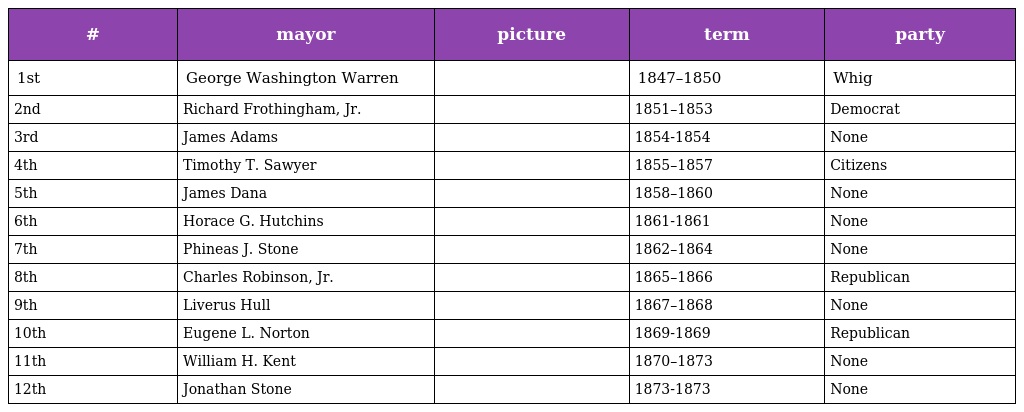
| # | mayor | picture | term | party |
 | --- | --- | --- | --- | --- |
 | 1st | George Washington Warren |  | 1847–1850 | Whig |
 | 2nd | Richard Frothingham, Jr. |  | 1851–1853 | Democrat |
 | 3rd | James Adams |  | 1854-1854 | None |
 | 4th | Timothy T. Sawyer |  | 1855–1857 | Citizens |
 | 5th | James Dana |  | 1858–1860 | None |
 | 6th | Horace G. Hutchins |  | 1861-1861 | None |
 | 7th | Phineas J. Stone |  | 1862–1864 | None |
 | 8th | Charles Robinson, Jr. |  | 1865–1866 | Republican |
 | 9th | Liverus Hull |  | 1867–1868 | None |
 | 10th | Eugene L. Norton |  | 1869-1869 | Republican |
 | 11th | William H. Kent |  | 1870–1873 | None |
 | 12th | Jonathan Stone |  | 1873-1873 | None |